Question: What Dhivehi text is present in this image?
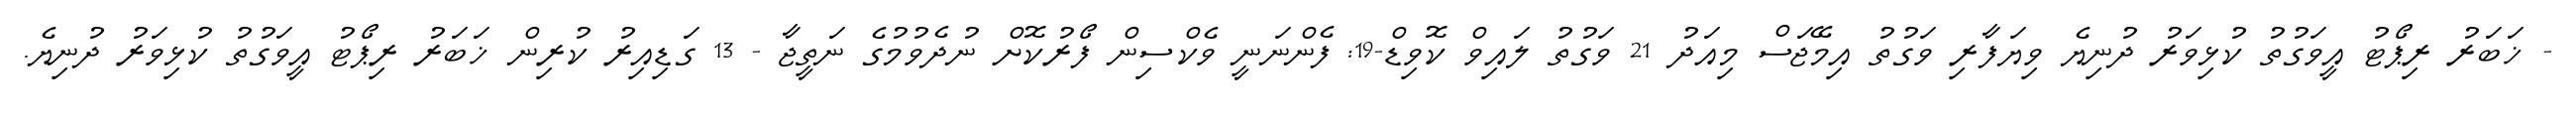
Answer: - ޚަބަރު ރިޕޯޓު އީވަގުތު ކުޅިވަރު ދުނިޔެ ވިޔަފާރި ވަގުތު އިމޭޖަސް މިއަދު 21 ވަގުތު ލައިވް ކޮވިޑް-19: ފެންނަނީ ވެކްސިން ފޯރުކޮށް ނުދެވުމުގެ ނަތީޖާ - 13 ގަޑިއިރު ކުރިން ޚަބަރު ރިޕޯޓު އީވަގުތު ކުޅިވަރު ދުނިޔެ.